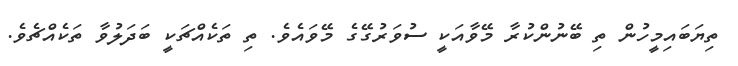
ތިޔަބައިމީހުން ތި ބޭނުންކުރާ މޭވާއަކީ ސުވަރުގޭގެ މޭވައެވެ. ތި ތަކެއްޗަކީ ބަދަލުވާ ތަކެއްޗެވެ.